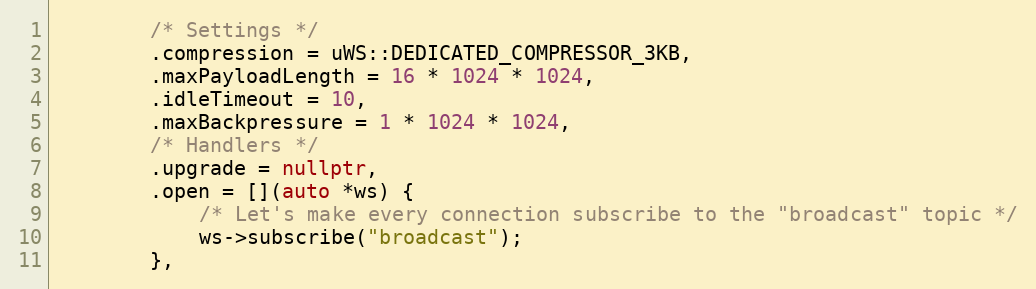
Language: C++
        /* Settings */
        .compression = uWS::DEDICATED_COMPRESSOR_3KB,
        .maxPayloadLength = 16 * 1024 * 1024,
        .idleTimeout = 10,
        .maxBackpressure = 1 * 1024 * 1024,
        /* Handlers */
        .upgrade = nullptr,
        .open = [](auto *ws) {
            /* Let's make every connection subscribe to the "broadcast" topic */
            ws->subscribe("broadcast");
        },